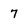
Character: 7